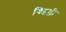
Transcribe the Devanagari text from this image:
चिद्वल्ली